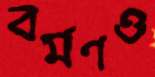
বর্মণও